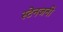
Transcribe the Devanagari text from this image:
स्टेनजनी